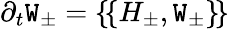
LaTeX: \partial_{t}\mathtt{W}_{\pm}=\{ \! \{ H_{\pm},\mathtt{W}_{\pm}\} \! \}